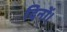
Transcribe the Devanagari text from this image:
दिनों।